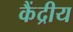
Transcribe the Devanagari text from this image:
कैंद्रीय